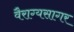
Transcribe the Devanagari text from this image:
वैराग्यसागर